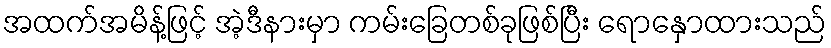
အထက်အမိန့်ဖြင့် အဲ့ဒီနားမှာ ကမ်းခြေတစ်ခုဖြစ်ပြီး ရောနှောထားသည်